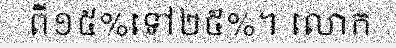
ពី១៥%ទៅ២៥%។ លោក